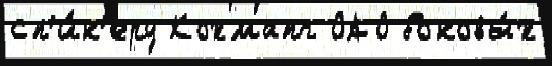
сп'и́к'еру Кохмапг ОАО боковы́х